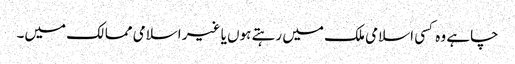
چاہے وہ کسی اسلامی ملک میں رہتے ہوں یا غیر اسلامی ممالک میں۔